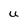
Character: U